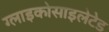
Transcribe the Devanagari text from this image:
ग्लाइकोसाइलेटेड